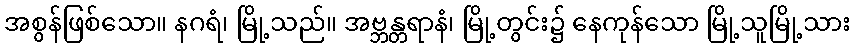
အစွန်ဖြစ်သော။ နဂရံ၊ မြို့သည်။ အဗ္ဘန္တရာနံ၊ မြို့တွင်း၌ နေကုန်သော မြို့သူမြို့သား